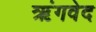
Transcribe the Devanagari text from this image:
ऋंगवेद